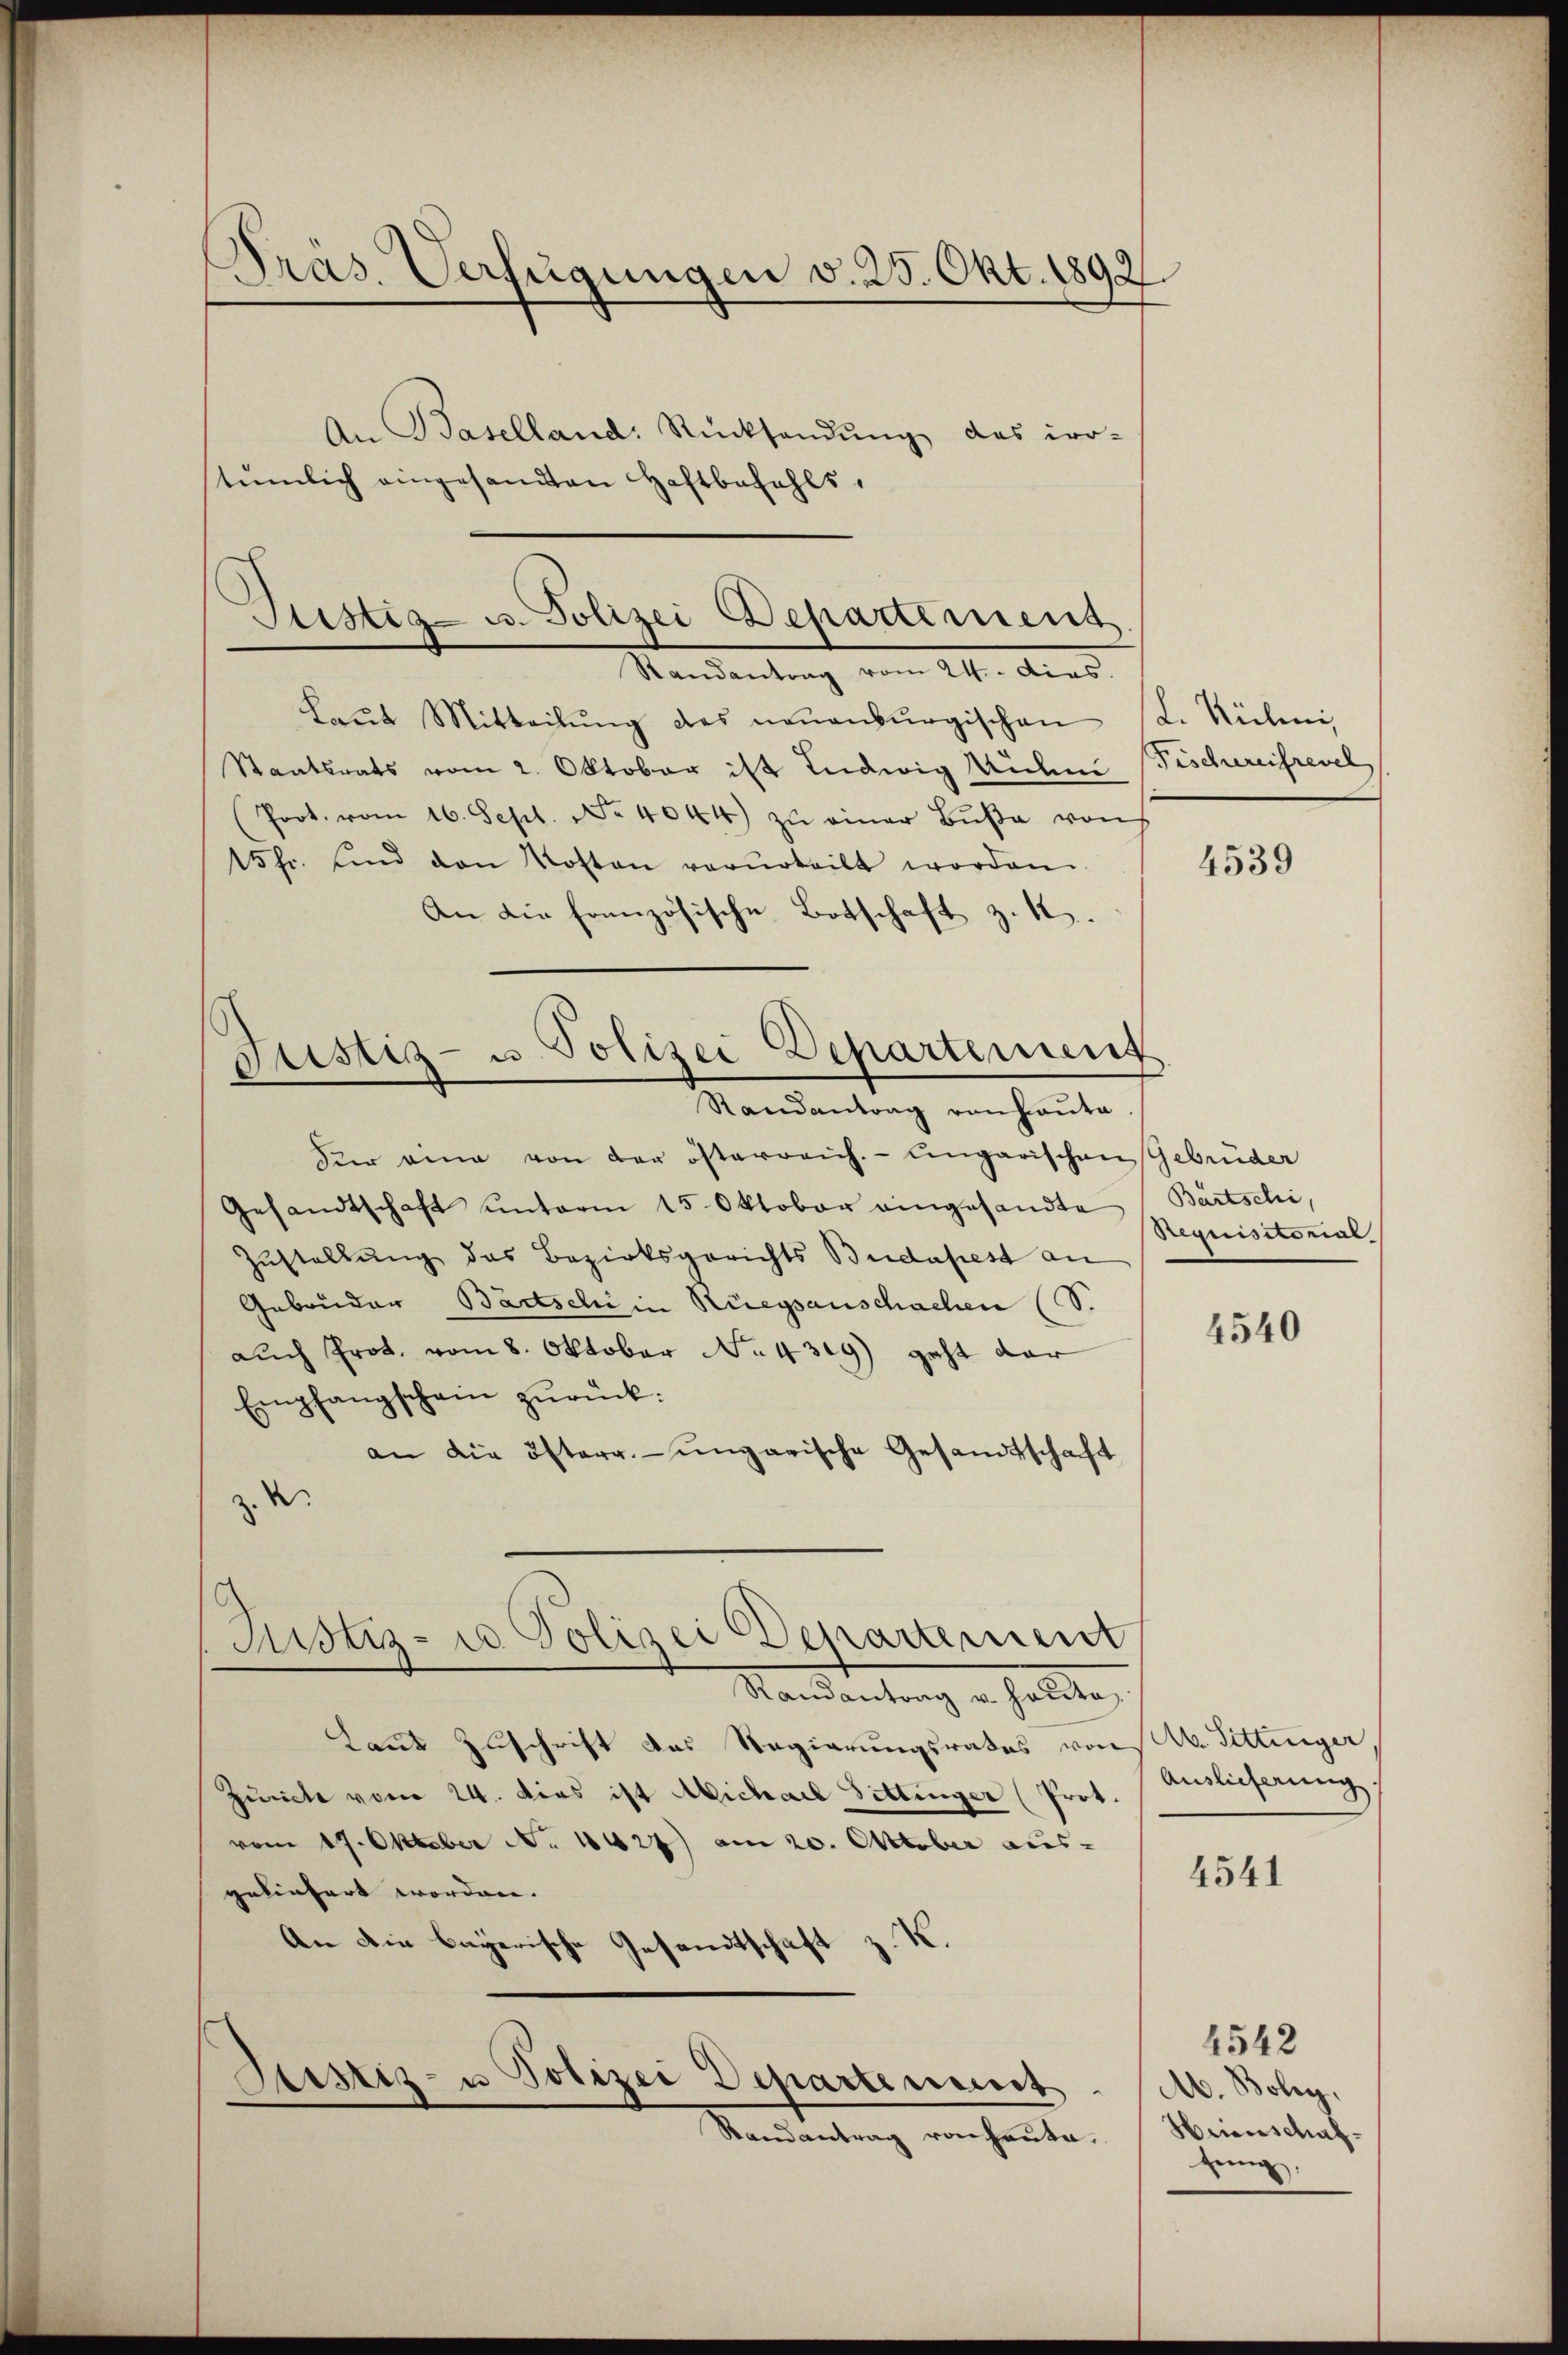
Pras. Verfügungen v. 25. Okt. 1892.
An Baselland. Rücksendŭng das pro-
tümlich eingesandten Haftbefahls,

Justiz- u. Polizei Departement
Randantrag vom 24. dies.

Laŭt Mitteilŭng des neuenburgischen L. Mülini,
Staatsrats vom 2. Oktober ist Ludwig Widem Fischereifrevel
An die französische Botschaft z. B.
Dir eine von der österreich. Ungarischen Gebrüder
Gesandtschaft unterm 15. Oktober eingesandte Bartschi,
Zustellung des Bezirksgerichts Budapest an
Gebrüder Bartschein Rüegsanschachen (S.
auch Prot. vom 8. Oktober No. 4319) geht dar
Empfangschein zŭrück:
an die österr.-ungarische Gesandtschaft
z. B.
Justiz- u Polizei Departement

(Prot. vom 16. Sept. No. 4044) zŭ einer Bŭβe von
15fr. sind den Kosten verurteilt worden.

Justiz- u. Polizei Departement
Randantrag von Hauta

Randantrag v. Hauta

Laut Zuschrift das Regierungsrates von
Züricht vom 24. dies ist Michael Zettinger (Prot.
vom 19. Oktober No 1427) am 20. Oktober aus-
geliefert worden. |
An die bayerische Gesandtschaft z. K.

Sistiz- u Polizei Departement

Randantrag von heute.

4539

Requisitorial

4540

A. Sittinger
Auslieferung.

4541

4542
A. Boley,
Heienschaffung,